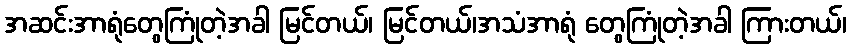
အဆင်းအာရုံတွေကြုံတဲ့အခါ မြင်တယ်၊ မြင်တယ်၊အသံအာရုံ တွေကြုံတဲ့အခါ ကြားတယ်၊